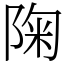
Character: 陱